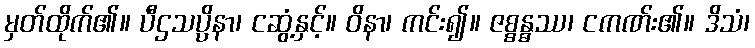
မှတ်ထိုက်၏။ ပီဌသပ္ပိနာ၊ ငဆွံ့နှင့်။ ဝိနာ၊ ကင်း၍။ ဇစ္စန္ဓဿ၊ ငကဏ်း၏။ ဒိသံ၊